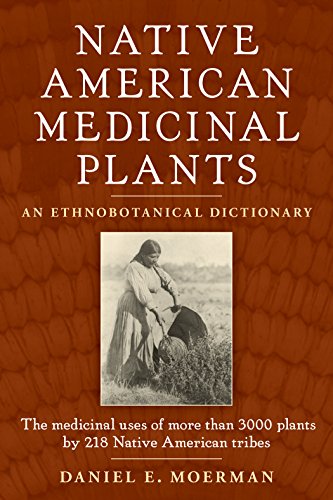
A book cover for Native American Medicinal Plants: An Ethnobotanical Dictionary; Daniel Moerman E.; Medical Books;